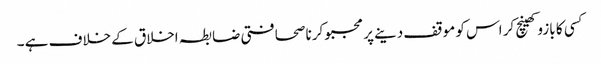
کسی کا بازو کھینچ کر اس کو موقف دینے پر مجبو کرنا صحافتی ضابطہ اخلاق کے خلاف ہے ۔